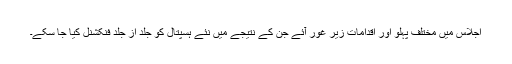
اجلاس میں مختلف پہلو اور اقدامات زیر غور آئے جن کے نتیجے میں نئے ہسپتال کو جلد از جلد فنکشنل کیا جا سکے۔